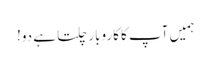
ہمیں آپ کا کاروبار چلتا ہے دو!